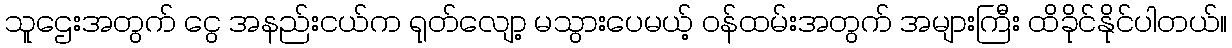
သူဌေးအတွက် ငွေ အနည်းငယ်က ရုတ်လျော့ မသွားပေမယ့် ဝန်ထမ်းအတွက် အများကြီး ထိခိုင်နိုင်ပါတယ်။